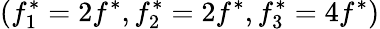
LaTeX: (f_{1}^{*}=2f^{*},f_{2}^{*}=2f^{*},f_{3}^{*}=4f^{*})